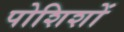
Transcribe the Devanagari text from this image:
पोशिशों